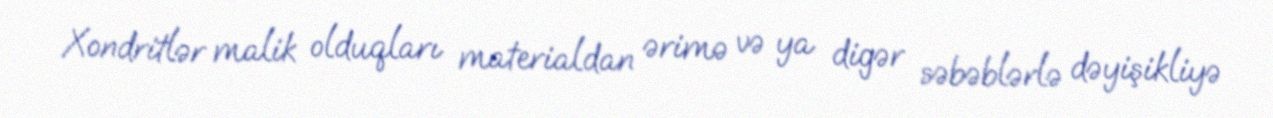
Xondritlər malik olduqları materialdan ərimə və ya digər səbəblərlə dəyişikliyə